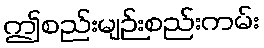
ဤစည်းမျဉ်းစည်းကမ်း